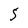
Character: 5